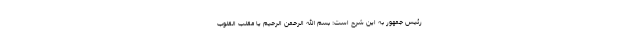
رئیس جمهور به این شرح است: بسم‌ الله الرحمن الرحیم یا مقلب القلوب